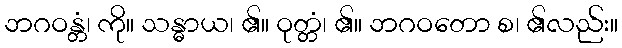
ဘဂဝန္တံ၊ ကို။ သန္ဓာယ၊ ၏။ ဝုတ္တံ၊ ၏။ ဘဂဝတော စ၊ ၏လည်း။